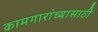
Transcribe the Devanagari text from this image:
कामगारांच्यासाठी